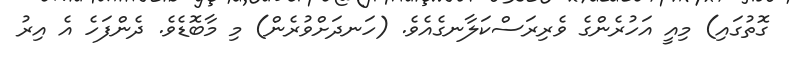
ގޮތުގައި) މިއީ އަހުރެންގެ ވެރިރަސްކަލާނގެއެވެ. (ހަނދަށްވުރެން) މި މާބޮޑެވެ. ދެންފަހެ އެ އިރު